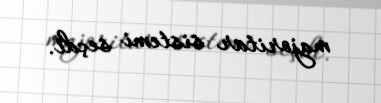
majoritar sistemi seçdi.